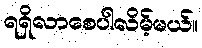
ရရှိလာစေပါလိမ့်မယ်။